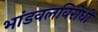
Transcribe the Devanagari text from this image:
भांडवलविरोधी